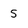
Character: 5